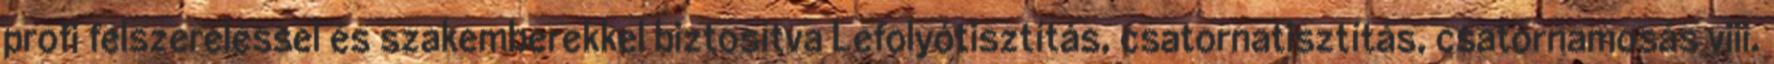
profi felszereléssel és szakemberekkel biztosítva Lefolyótisztítás, csatornatisztítás, csatornamosás viii.